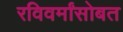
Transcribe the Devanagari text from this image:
रविवर्मांसोबत